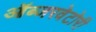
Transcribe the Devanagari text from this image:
ऑब्जरवेटोरी